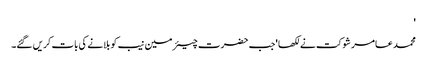
'
محمد عامر شوکت نے لکھا 'جب حضرت چیئرمین نیب کو بلانے کی بات کریں گئے۔